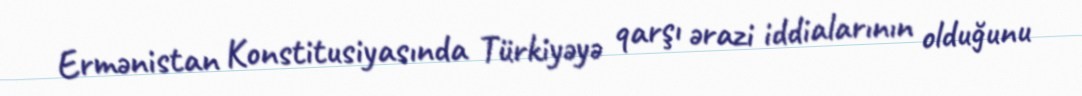
Ermənistan Konstitusiyasında Türkiyəyə qarşı ərazi iddialarının olduğunu